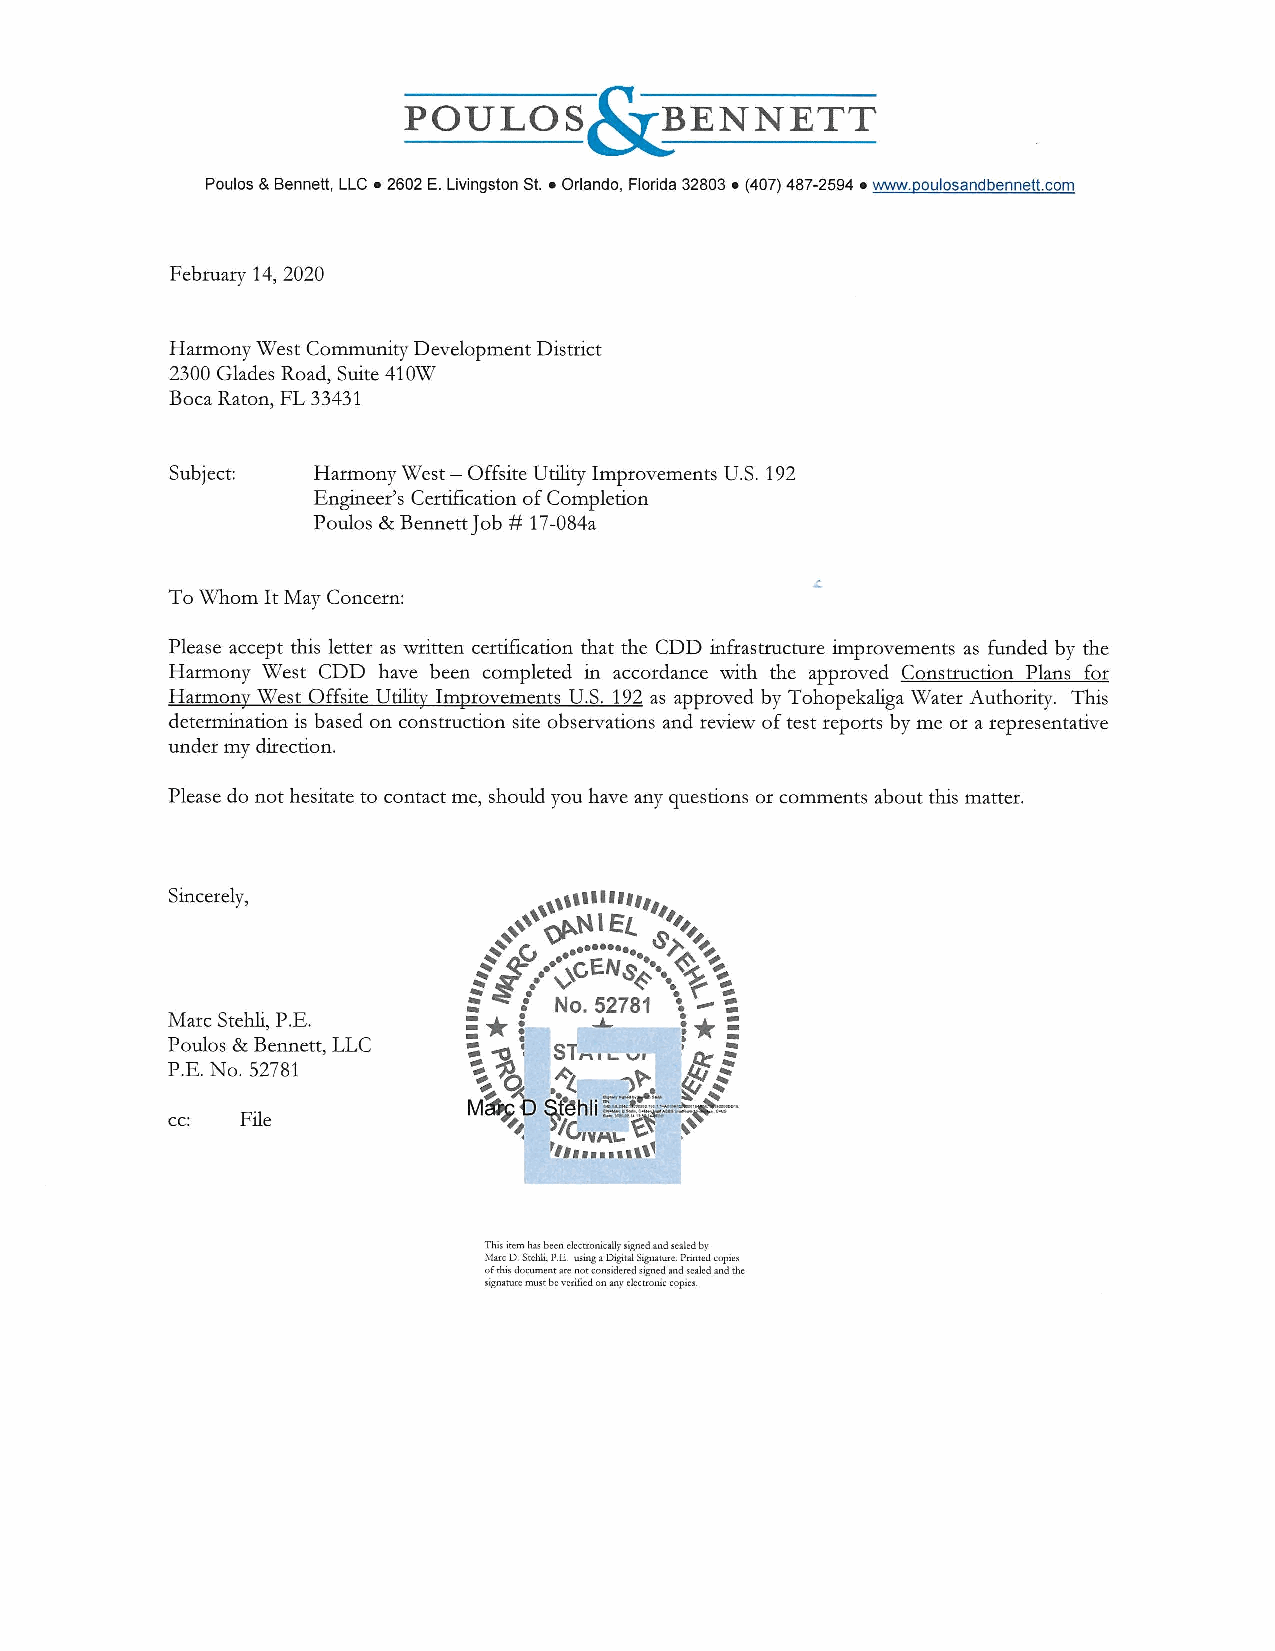
POULos-si}ENNETT
 Poulos & Bennett, LLC • 2602 E. Livingston St. • Orlando, Florida 32803 • (407) 487-2594 • www.poulosandbennett.com
 February 14, 2020
 Harmony West Community Development District
 2300 Glades Road, Suite 410W
 Boca Raton, FL 33431
 Subject:  Harmony West - Offsite Utility Improvements U.S. 192
 Engineer's Certification of Completion
 Poulos & BennettJob # 17-084a
 To Whom It May Concern:
 Please accept this letter as written certification that the CDD infrastructure improvements as funded by the
 Harmony West CDD have been completed in accordance with the approved Construction Plans for
 Harmonv West Offsite Utilit_y Improvements U.S. 192 as approved by Tohopekaliga Water Authority. This
 determination is based on construction site observations and review of test reports by me or a representative
 under my direction.
 Please do not hesitate to contact me, should you have any questions or comments about this matter.
 Sincerely,
 Marc Stehli, P.E.
 Poulos & Bennett, LLC
 P.E. No. 52781
 cc:  File
 This item has been electronically signed and sealed by
 ~-!arc D. Stehli, P.E. using a Digital Sigrunure. Printed copies
 of this document arc not conside red signed :md scaled and the
 signarurc must be ,,crified on any electronic copies.